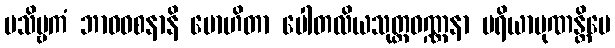
ပသိဗ္ဗကံ ဘာဝဝစနာနိ မောဟိတာ ပေါတလိယသုတ္တဝဏ္ဏနာ ပရိယာပုဏန္တိပေ